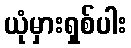
ယုံမှားရှစ်ပါး